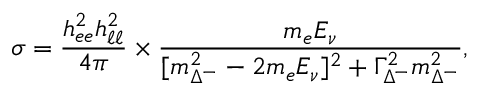
\sigma = \frac { h _ { e e } ^ { 2 } h _ { \ell \ell } ^ { 2 } } { 4 \pi } \times \frac { m _ { e } E _ { \nu } } { [ m _ { \Delta ^ { - } } ^ { 2 } - 2 m _ { e } E _ { \nu } ] ^ { 2 } + \Gamma _ { \Delta ^ { - } } ^ { 2 } m _ { \Delta ^ { - } } ^ { 2 } } ,